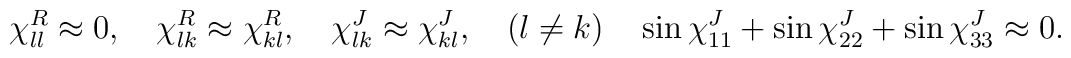
\chi^{R}_{ll}\approx 0,\quad\chi^{R}_{lk}\approx \chi^{R}_{kl}, \quad \chi^{J}_{lk}\approx \chi^{J}_{kl}, \quad (l \neq k)\quad\sin\chi^{J}_{11}+\sin\chi^{J}_{22}+\sin\chi^{J}_{33}\approx 0.